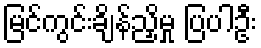
မြင်ကွင်းချိန်ညှိမှု ပြပါဦး